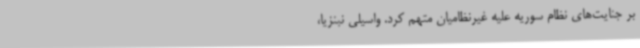
بر جنایت‌های نظام سوریه علیه غیرنظامیان متهم کرد. واسیلی نبنزیا،